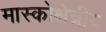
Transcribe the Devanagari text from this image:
मास्कोक्षेत्रीय